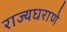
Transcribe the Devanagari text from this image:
राज्यघराणे